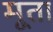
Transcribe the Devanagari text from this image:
मूता